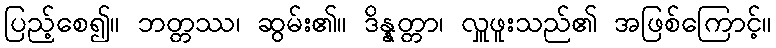
ပြည့်စေ၍။ ဘတ္တဿ၊ ဆွမ်း၏။ ဒိန္နတ္တာ၊ လှူဖူးသည်၏ အဖြစ်ကြောင့်။